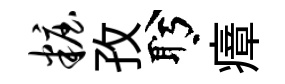
妆孜盻瘴